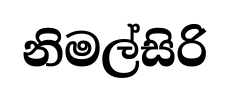
නිමල්සිරි